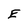
Character: E